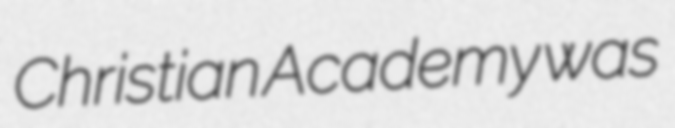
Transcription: Christian Academy was